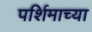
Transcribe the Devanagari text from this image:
पर्शिमाच्या